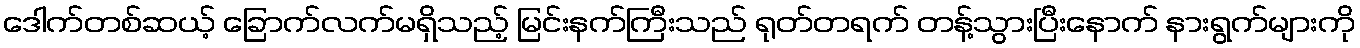
ဒေါက်တစ်ဆယ့် ခြောက်လက်မရှိသည့် မြင်းနက်ကြီးသည် ရုတ်တရက် တန့်သွားပြီးနောက် နားရွက်များကို